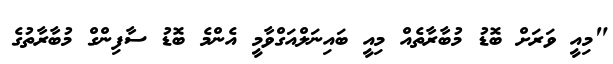
"މިއީ ވަރަށް ބޮޑު މުބާރާތެއް މިއީ ބައިނަލްއަގްވާމީ އެންމެ ބޮޑު ސާފިންގް މުބާރާތުގެ